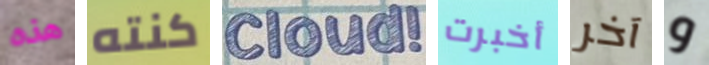
هذه كنته Cloud! أخبرت آخر و